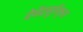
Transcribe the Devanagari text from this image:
देवेंद्रसूरिकृत